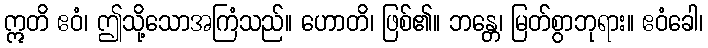
ဣတိ ဧဝံ၊ ဤသို့သောအကြံသည်။ ဟောတိ၊ ဖြစ်၏။ ဘန္တေ၊ မြတ်စွာဘုရား။ ဧဝံခေါ၊